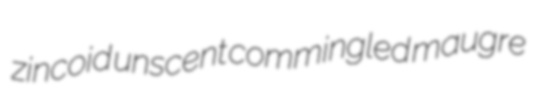
zincoid unscent commingled maugre